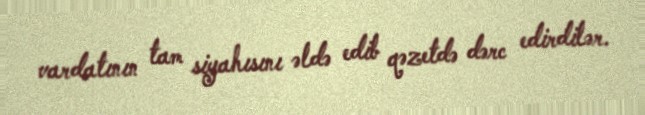
vardatının tam siyahısını əldə edib qəzetdə dərc edirdilər.